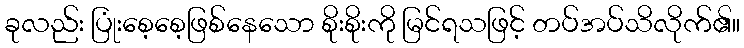
ခုလည်း ပြုံးစေ့စေ့ဖြစ်နေသော စိုးစိုးကို မြင်ရသဖြင့် တပ်အပ်သိလိုက်၏။